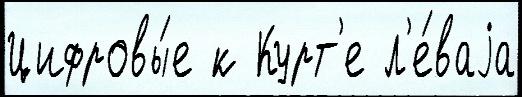
Цифровы́е к Курт'е л'е́ваjа